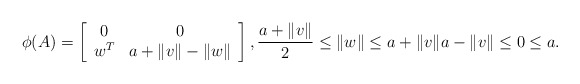
\begin{align*}\phi(A) = \left[ \begin{array}{cc} 0 & 0 \\ w^T & a + \|v\| - \|w\| \end{array} \right], \frac{a + \|v\|}{2} \leq \|w\| \leq a + \|v\| a - \|v\| \leq 0 \leq a.\end{align*}